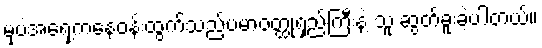
မှပဲအရှေ့ကနေဝန်းထွက်သည့်ပမာဝတ္ထုရှည်ကြီးနဲ့ သူ ဆွတ်ခူးခဲ့ပါတယ်။